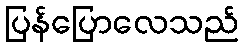
ပြန်ပြောလေသည်